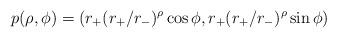
LaTeX: \begin{align*}p(\rho, \phi)=(r_{+}(r_{+}/r_{-})^{\rho}\cos \phi, r_{+}(r_{+}/r_{-})^{\rho}\sin \phi)\end{align*}